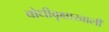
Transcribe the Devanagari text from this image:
बोधीवृक्षाखाली